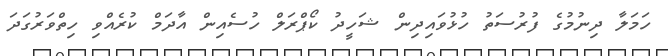
ހަމަލާ ދިނުމުގެ ފުރުސަތު ހުޅުވައިދިން ޝަހީދު ކޯޕްރަލް ހުސެއިން އާދަމް ކުރެއްވި ހިތްވަރުގަދަ